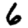
Digit: 6